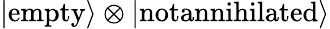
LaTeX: \left|\textrm{empty}\right\rangle\otimes\left|\textrm{notannihilated}\right\rangle